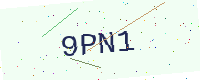
Text: 9PN1